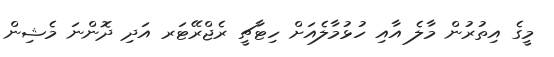
މީގެ އިތުރުން މާލެ އާއި ހުޅުމާލެއަށް ހިޓާޗީ ރެޖްރޭޓަރ އަދި ދޮންނަ މެޝިން